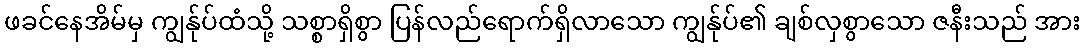
ဖခင်နေအိမ်မှ ကျွန်ုပ်ထံသို့ သစ္စာရှိစွာ ပြန်လည်ရောက်ရှိလာသော ကျွန်ုပ်၏ ချစ်လှစွာသော ဇနီးသည် အား